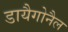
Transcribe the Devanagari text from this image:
डायैगोनैल